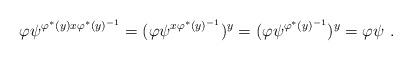
LaTeX: \begin{align*}\varphi\psi^{\varphi^\ast(y)x\varphi^\ast(y)^{-1}}= (\varphi\psi^{x\varphi^\ast(y)^{-1}})^y= (\varphi\psi^{\varphi^\ast(y)^{-1}})^y= \varphi\psi\ .\end{align*}